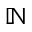
\mathbb { N }